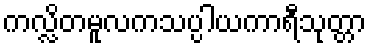
ကလ္လိတမူလကသပ္ပါယကာရီသုတ္တာ